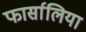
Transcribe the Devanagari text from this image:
फार्सालिया